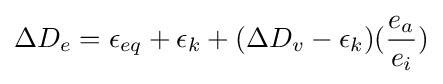
\Delta D_{e}=\epsilon _{eq}+\epsilon _{k}+(\Delta D_{v}-\epsilon _{k})({\frac {e_{a}}{e_{i}}})